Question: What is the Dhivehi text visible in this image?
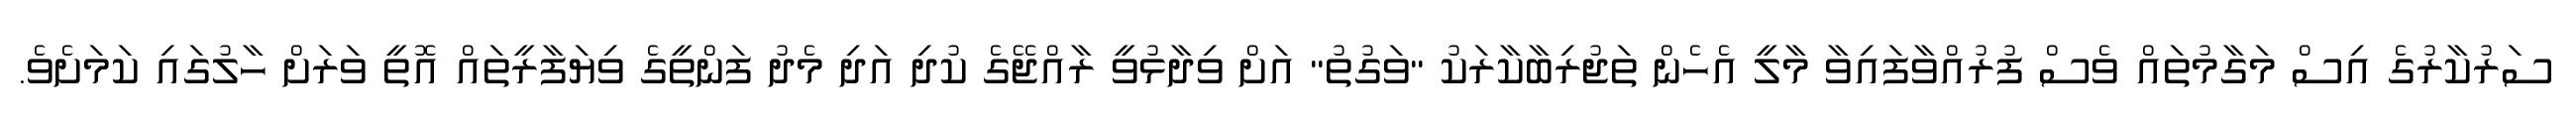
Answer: ސަރުކާރުގެ އިސް މަގާމުތައް ވެސް ފުރުއްވާފައިވާ މާލީ އެހެން ތަޖުރިބާކާރަކު "ވަގުތު" އަށް ވިދާޅުވީ ރާއްޖޭގެ ކުދި އަދި މެދު ފަންތީގެ ވިޔަފާރީތައް އޮތީ ވަރަށް ހާލުގައި ކަމަށެވެ.